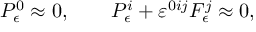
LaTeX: { \cal P } _ { \epsilon } ^ { 0 } \approx 0 , \qquad { \cal P } _ { \epsilon } ^ { i } + \varepsilon ^ { 0 i j } { \cal F } _ { \epsilon } ^ { j } \approx 0 ,